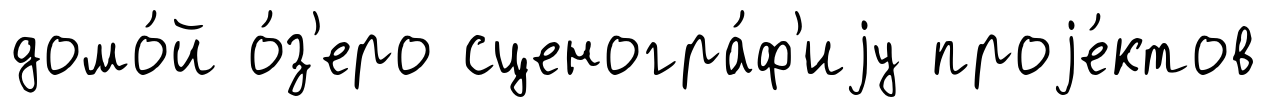
домо́й о́з'еро сценогра́ф'иjу проjе́ктов